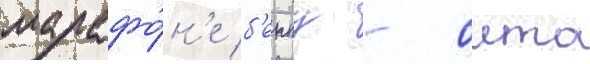
марафо́н'е б'еппу - оита